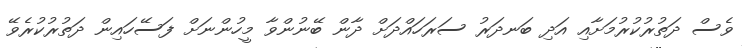
ވެސް ދަތުރުކުރުމަށާއި އަދި ބަނދަރު ސަރަހައްދަށް ދާން ބޭނުންވާ މީހުންނަށް ފަސޭހައިން ދަތުރުކުރެވޭ